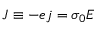
{ \boldsymbol J } \equiv - e { \boldsymbol j } = \sigma _ { 0 } { \boldsymbol E }